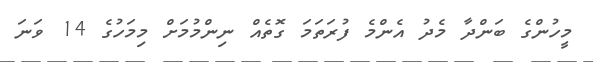
މީހުންގެ ބަންދާ މެދު އެންމެ ފުރަތަމަ ގޮތެއް ނިންމުމަށް މިމަހުގެ 14 ވަނަ